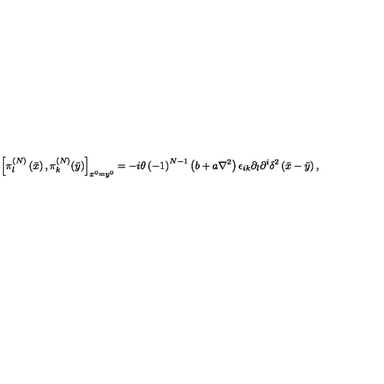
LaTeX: \left[ \pi _ { l } ^ { \left( N \right) } \left( \bar { x } \right) , \pi _ { k } ^ { \left( N \right) } ( \bar { y } ) \right] _ { x ^ { 0 } = y ^ { 0 } } = - i \theta \left( - 1 \right) ^ { N - 1 } \left( b + a \nabla ^ { 2 } \right) \epsilon _ { i k } \partial _ { l } \partial ^ { i } \delta ^ { 2 } \left( \bar { x } - \bar { y } \right) ,